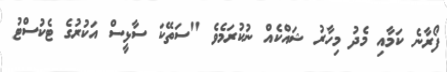
ފޯރާނެ ކަމާއި މެދު މިހާރު ޝައްކެއް ނުކުރަމެވެ "ސަތޭކަ ސާޅީސް އަކުރުގެ ޓެކުސްޓު